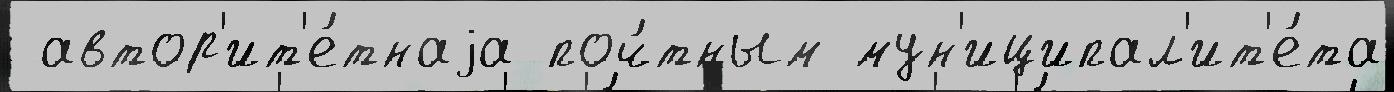
 автор'ит'е́тнаjа поч́тным мун'иципал'ит'е́та